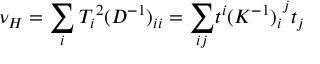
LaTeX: \nu _ { H } = \sum _ { i } { T _ { i } } ^ { 2 } { ( D ^ { - 1 } ) } _ { i i } = { \sum _ { i j } } t ^ { i } { ( K ^ { - 1 } ) _ { i } } ^ { j } t _ { j }